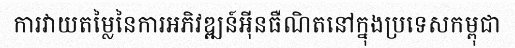
ការវាយតម្លៃនៃការអភិវឌ្ឍន៍អ៊ីនធឺណិតនៅក្នុងប្រទេសកម្ពុជា